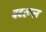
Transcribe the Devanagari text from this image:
बदरूल